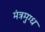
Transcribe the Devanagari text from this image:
मंत्रमुग्‍ध